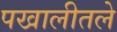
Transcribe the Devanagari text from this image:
पखालीतले